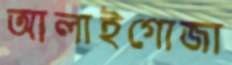
আলাইগোজা